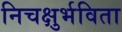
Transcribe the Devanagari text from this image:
निचक्षुर्भविता